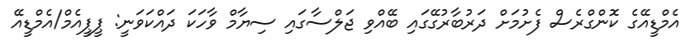
އެމްޑީއޭގެ ކޮންގްރެސް ފެށުމަށް ދަރުބާރުގޭގައި ބޭއްވި ޖަލްސާގައި ސިޔާމް ވާހަކަ ދައްކަވަނީ: ޕީޕީއެމް/އެމްޑީއޭ